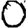
Digit: 0